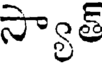
స్యాత్